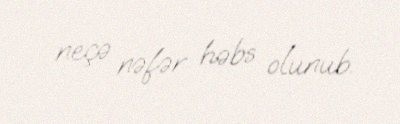
neçə nəfər həbs olunub.